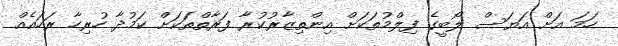
ހަމަ އަށް އަޔަސް ލޯބީގެ ފިލްމުތަކަށް އިންތިޒާރުކުރާ ފަރާތްތަކަށް ކަމުދާ ހުރިހާ ރަހައެއް